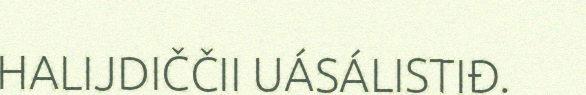
HALIJDIČČII UÁSÁLISTIĐ.